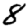
Digit: 8